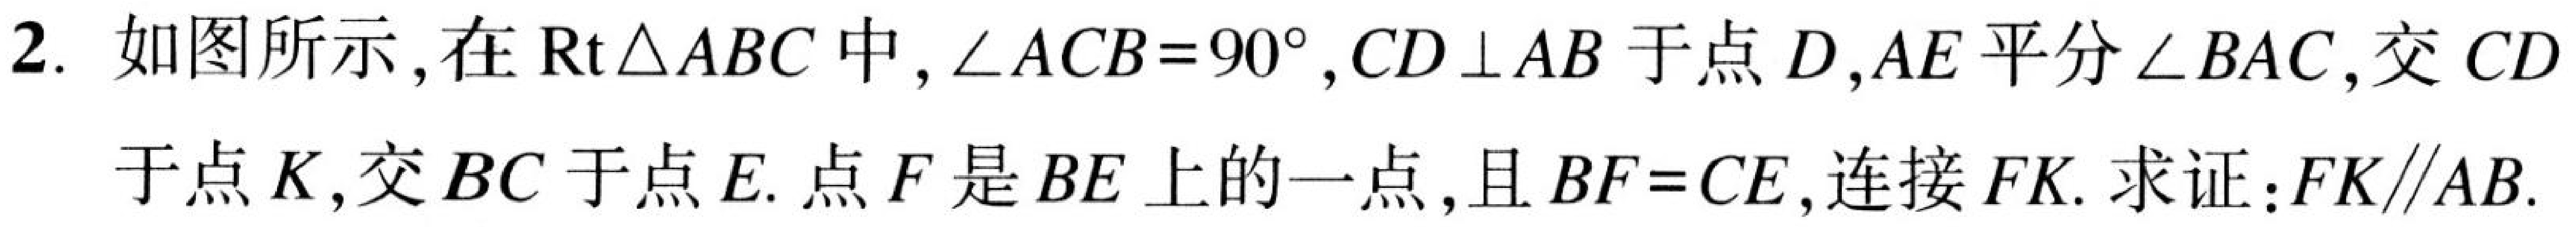
2. 如图所示,在$\mathrm{Rt}\triangle ABC$中,$\angle ACB = 90^{\circ}$,$CD\perp AB$于点$D$,$AE$平分$\angle BAC$,交$CD$
于点$K$,交$BC$于点$E$. 点$F$是$BE$上的一点,且$BF = CE$,连接$FK$. 求证:$FK\parallel AB$.